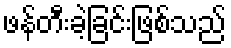
ဖန်တီးခဲ့ခြင်းဖြစ်သည်